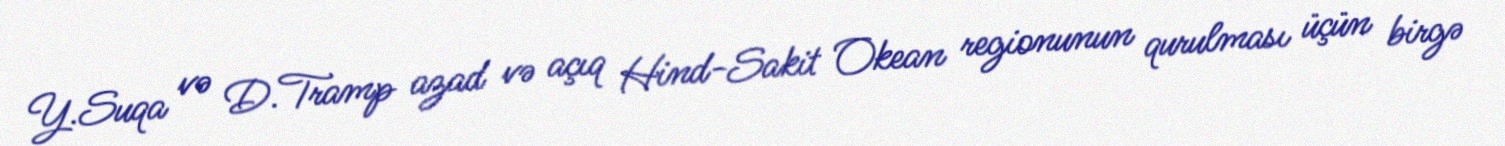
Y.Suqa və D.Tramp azad və açıq Hind-Sakit Okean regionunun qurulması üçün birgə